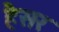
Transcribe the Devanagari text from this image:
हैैसर